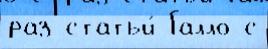
раз статьи́ Галло с